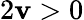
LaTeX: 2\mathbf{v}>0